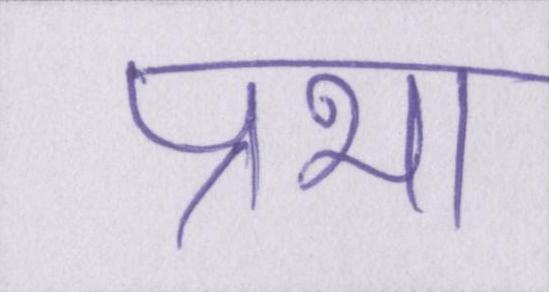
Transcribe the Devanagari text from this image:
प्रभा